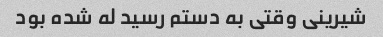
شیرینی وقتی به دستم رسید له شده بود